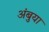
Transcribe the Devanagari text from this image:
अंबुया